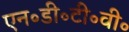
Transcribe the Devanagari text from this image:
एन॰डी॰टी॰वी॰